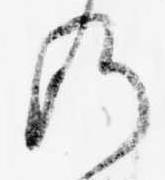
の